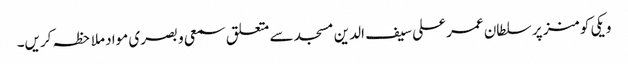
ویکی کومنز پر سلطان عمر علی سیف الدین مسجد سے متعلق سمعی و بصری مواد ملاحظہ کریں۔